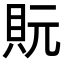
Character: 貦